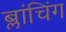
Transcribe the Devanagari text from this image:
ब्लांचिंग